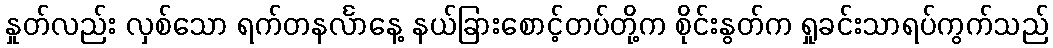
နှုတ်လည်း လှစ်သော ရက်တနင်္လာနေ့ နယ်ခြားစောင့်တပ်တို့က စိုင်းနွတ်က ရှုခင်းသာရပ်ကွက်သည်